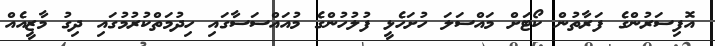
އޮފިސަރުންގެ ފަރާތުން ކޯޓަށް މައްސަލަ ހުށަހެޅީ ފުލުހުންގެ މުއައްސަސާގައި ހިދުމަތްކުރުމުގައި ދިގު މާޒީއެއް